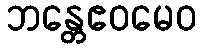
ဘန္တေဧဝမေဝ